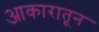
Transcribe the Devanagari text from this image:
आकारातून